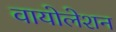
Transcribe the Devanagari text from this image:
वायोलेशन